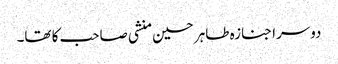
دوسرا جنازہ طاہر حسین منشی صاحب کا تھا۔